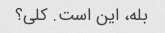
بله، این است. کلی؟